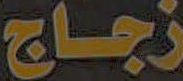
زجاج